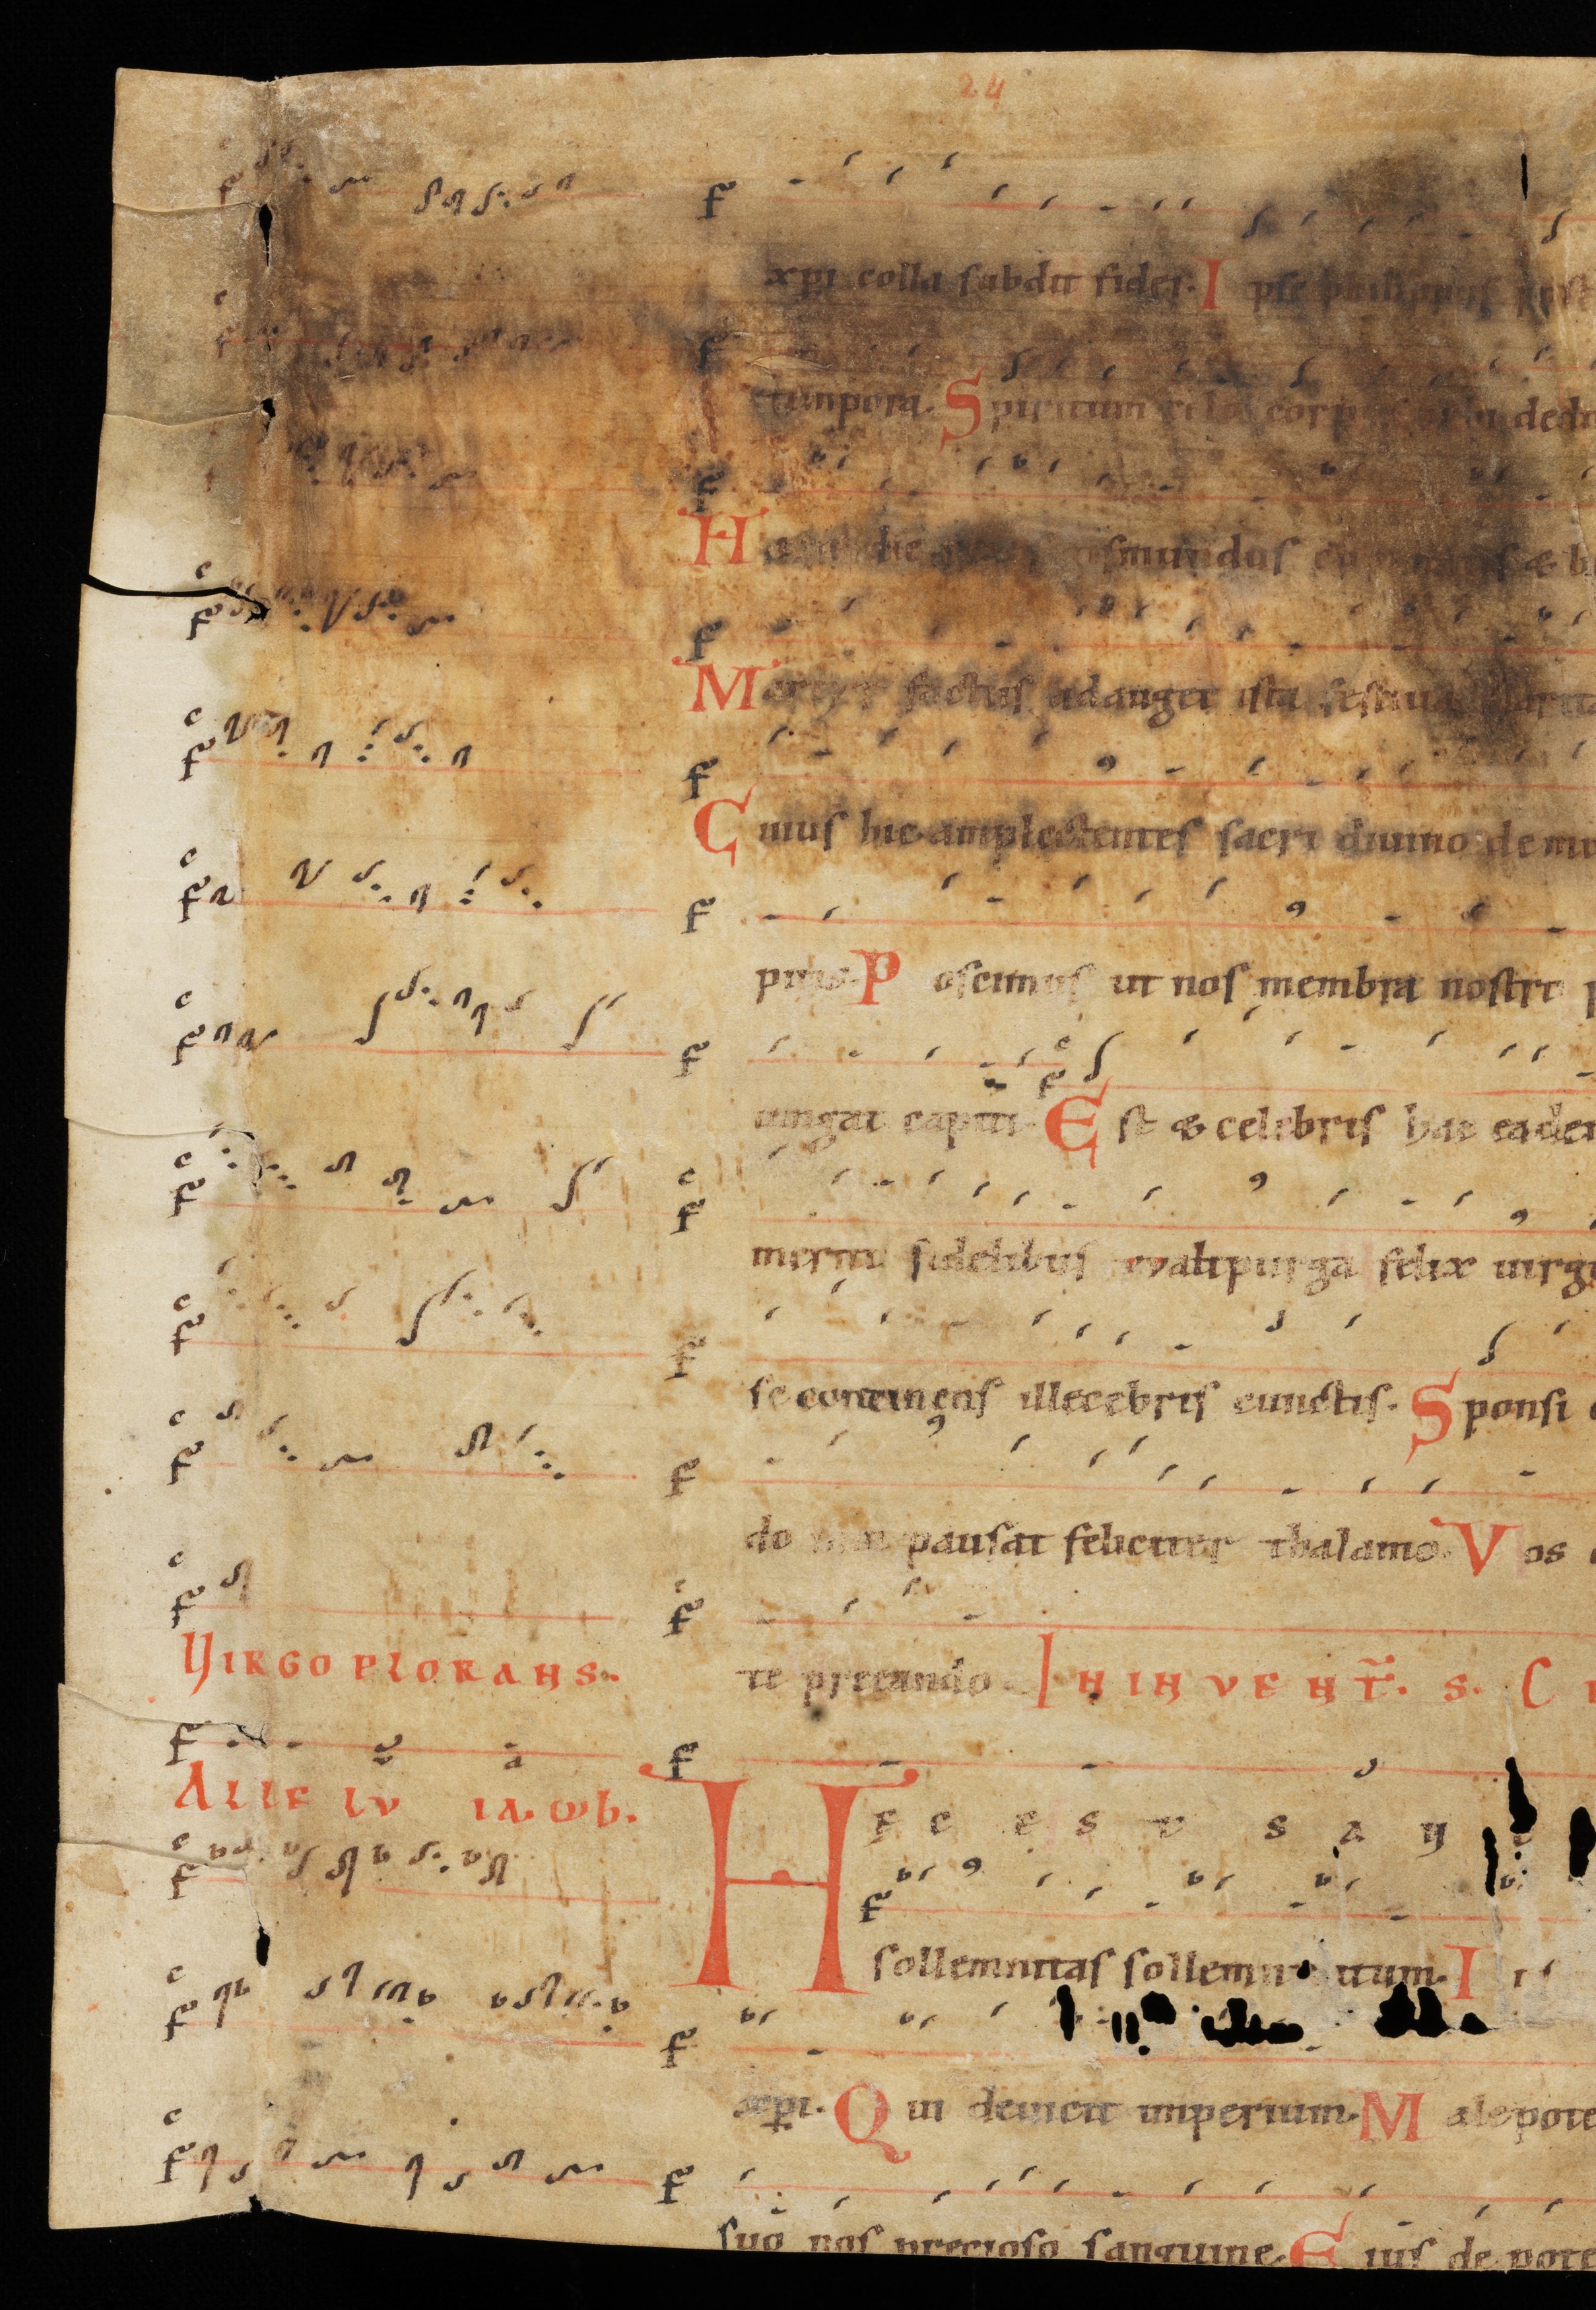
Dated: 1000–1199